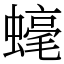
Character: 𧐢